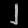
Digit: ၂